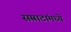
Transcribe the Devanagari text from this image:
सम्राटांमध्ये